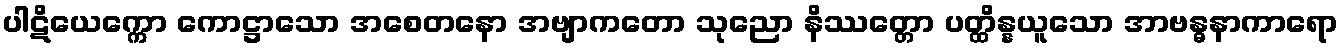
ပါဋိယေက္ကော ကောဋ္ဌာသော အစေတနော အဗျာကတော သုညော နိဿတ္တော ပတ္ထိန္နယူသော အာဗန္ဓနာကာရော